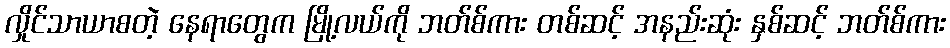
လှိုင်သာယာစတဲ့ နေရာတွေက မြို့လယ်ကို ဘတ်စ်ကား တစ်ဆင့် အနည်းဆုံး နှစ်ဆင့် ဘတ်စ်ကား